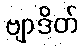
ဗျာဒိတ်